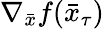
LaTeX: \nabla_{\bar{x}}f(\bar{x}_{\tau})